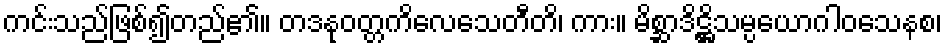
ကင်းသည်ဖြစ်၍တည်၏။ တဒနုဝတ္တကိလေသေတီတိ၊ ကား။ မိစ္ဆာဒိဋ္ဌိသမ္ပယောဂါဝသေနစ၊